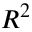
R ^ { 2 }